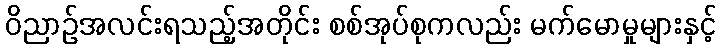
ဝိညာဉ်အလင်းရသည့်အတိုင်း စစ်အုပ်စုကလည်း မက်မောမှုများနှင့်